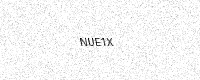
Text: NUE1X